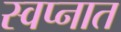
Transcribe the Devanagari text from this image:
स्‍वप्‍नात